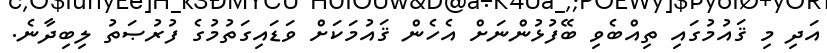
އަދި މި ޤައުމުގައި ތިއްބެވި ބޭފުޅުންނަށް އެހެން ޤައުމަކަށް ވަޑައިގަތުމުގެ ފުރުޞަތު ލިބިދާނެ.